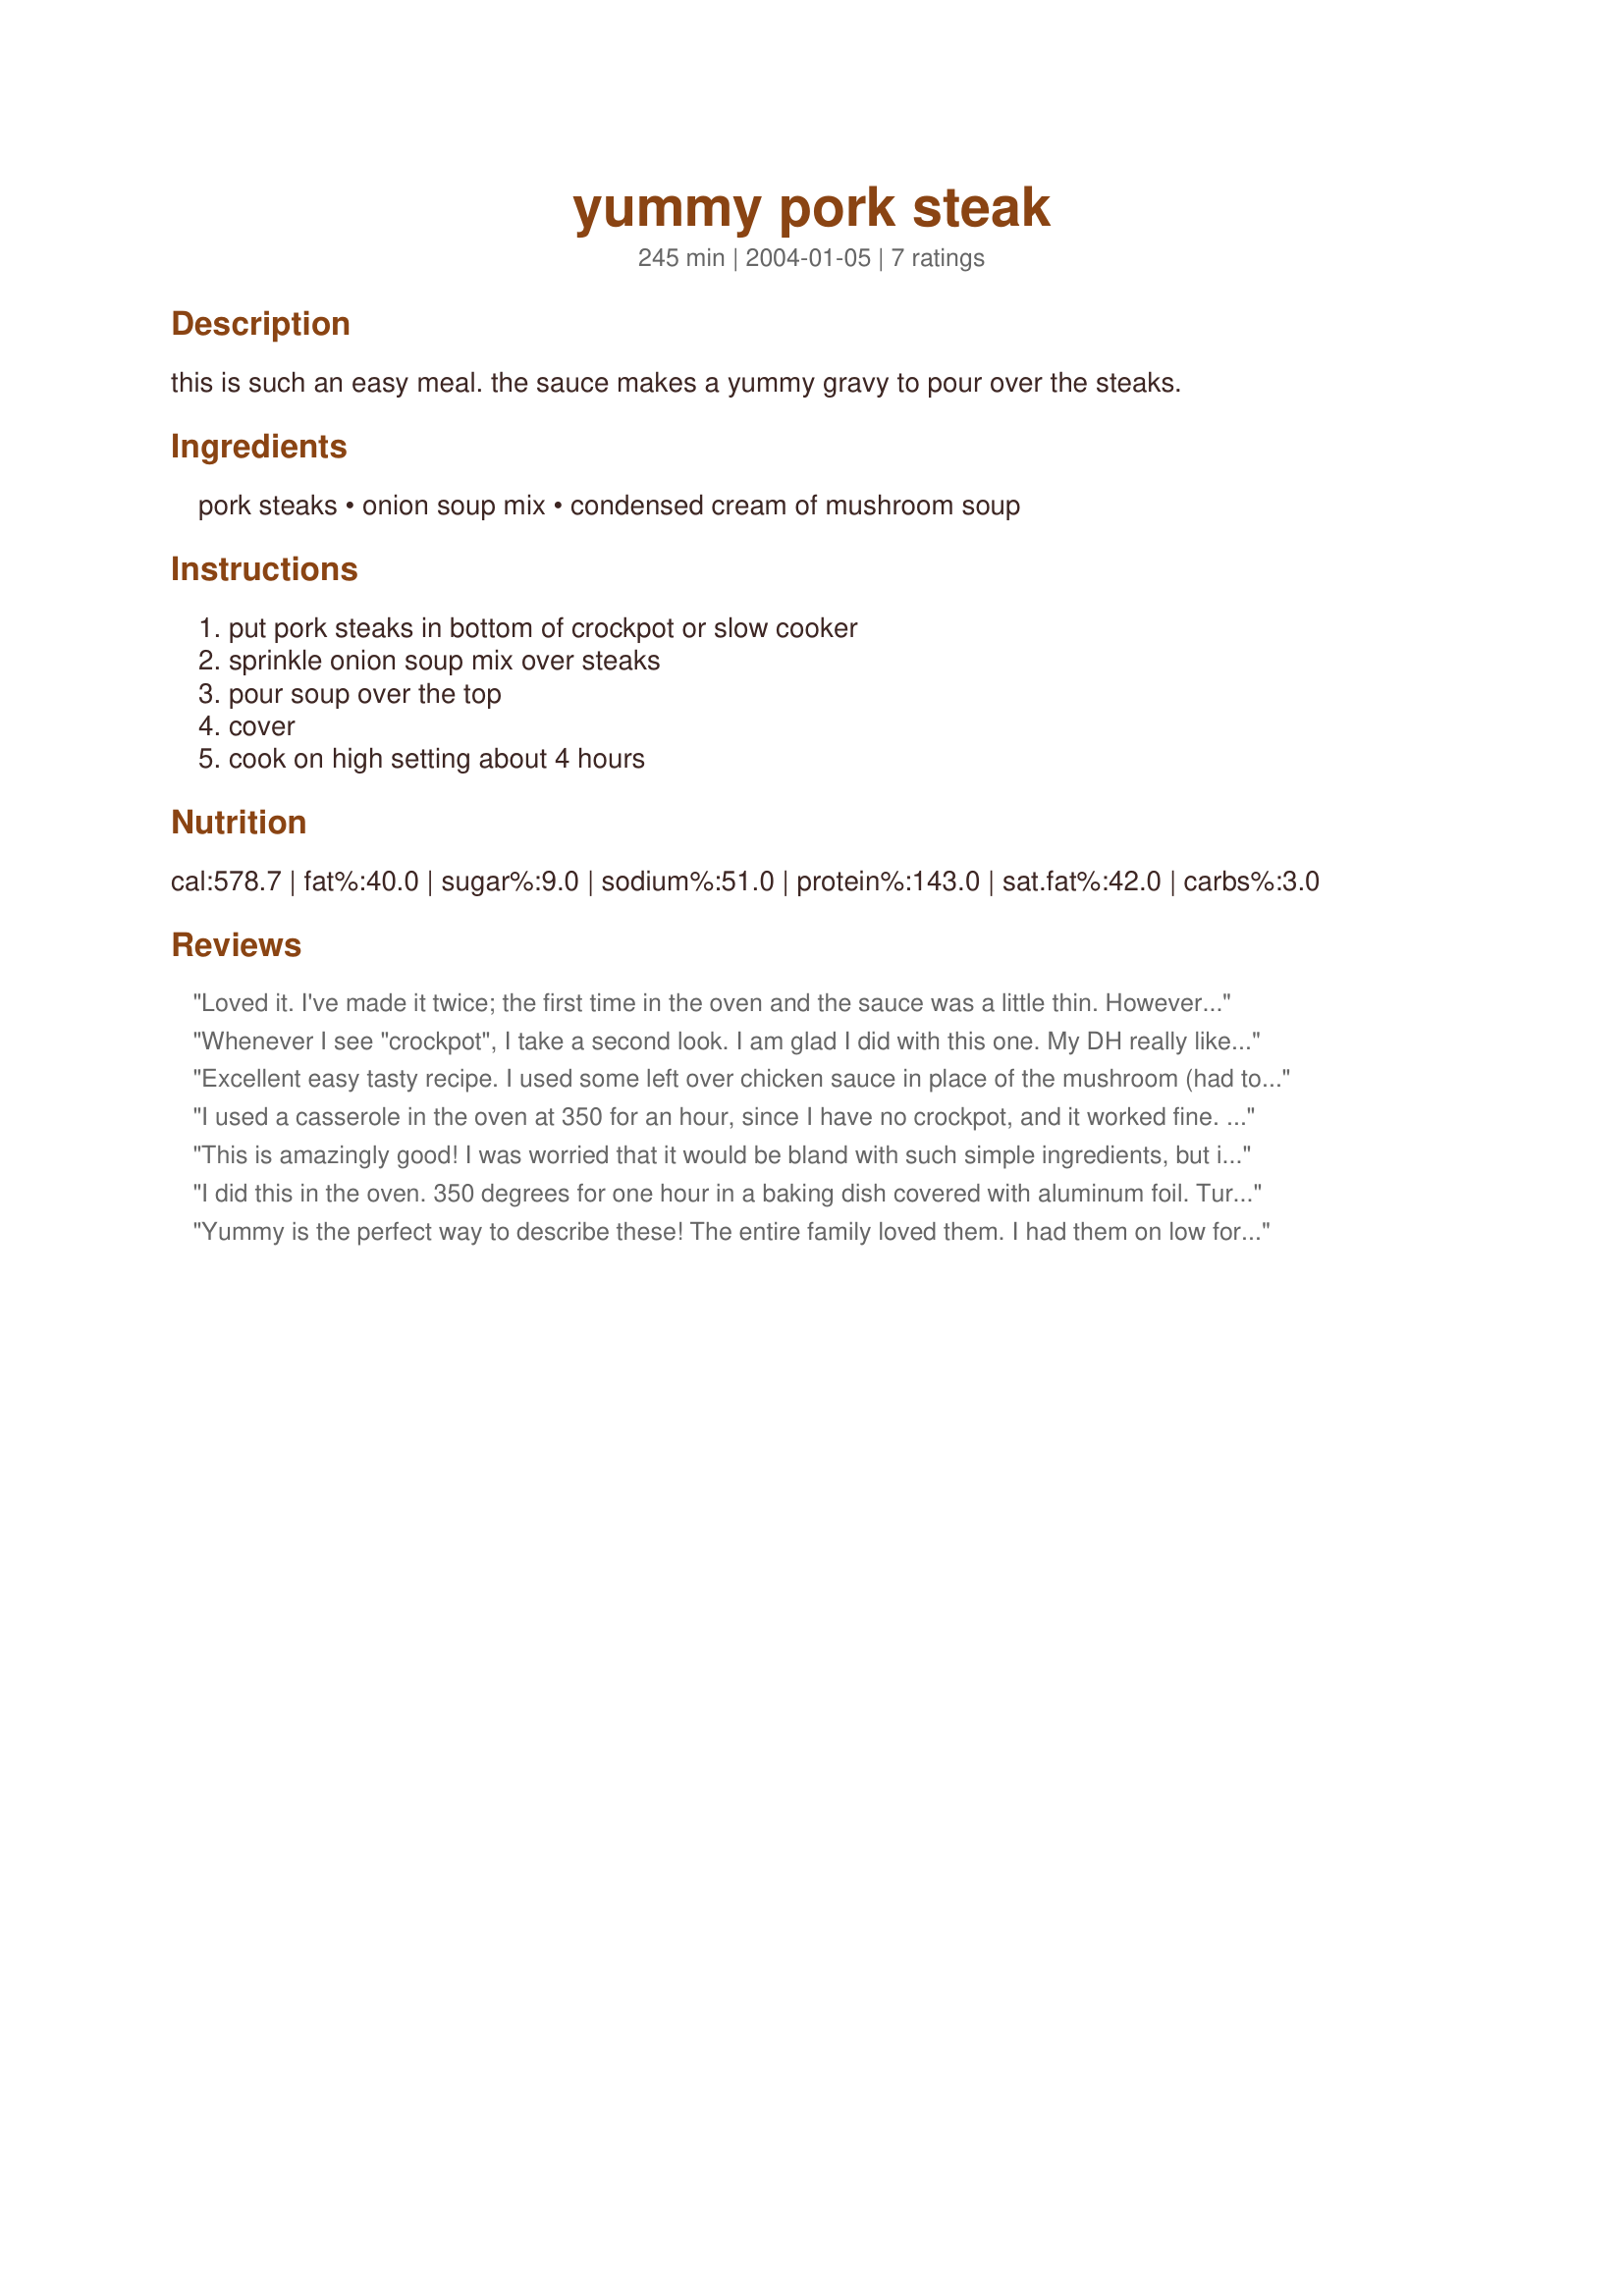
yummy pork steak
Preparation time: 245 minutes

this is such an easy meal. the sauce makes a yummy gravy to pour over the steaks.

Ingredients:
pork steaks, onion soup mix, condensed cream of mushroom soup

Steps:
put pork steaks in bottom of crockpot or slow cooker, sprinkle onion soup mix over steaks, pour soup over the top, cover, cook on high setting about 4 hours

Reviews:
Loved it. I've made it twice; the first time in the oven and the sauce was a little thin. However today I made it in the crock pot with a couple of variations. 1) I added 4 peeled and quartered potatoes which I put on the bottom of the crock pot. 2) I then mixed the onion soup mix with the cream of mushroom soup and added an extra can of mushrooms plus minced garlic - 1 heaping tablespoon (from the jar). I added the pork steak on top of the potatoes and poured the sauce over the top. It smelled so good while it was cooking and the potatoes thickened up the sauce. It was perfect on this cool rainy Oregon Coast day!
Whenever I see "crockpot", I take a second look. I am glad I did with this one. My DH really liked this recipe. He was amazed at the tenderness of the pork. Yeah!!!!! So easy and delicious! Thanks Turtlebug!

Excellent easy tasty recipe. I used some left over chicken sauce in place of the mushroom (had to use it up) and it was wonderful with the onion soup mix. The gravy was rich and made the dinner
I used a casserole in the oven at 350 for an hour, since I have no crockpot, and it worked fine. Very good recipe for too lazy-to-cook food lovers!
This is amazingly good! I was worried that it would be bland with such simple ingredients, but it was great. I poured the gravy into a saucepan and added a corn starch slurry to thicken it and served with garlic mashed potatoes. Will definitely make again. Fall apart tender after sitting in the crock pot on low about 7 hours. Only change was to combine the soups and layer them with the steaks.
I did this in the oven. 350 degrees for one hour in a baking dish covered with aluminum foil. Turned out fantastic!. This will go in my regular rotation.
Yummy is the perfect way to describe these! The entire family loved them. I had them on low for about 7 hours, and they came out wonderfully. We mixed in the gravy with our mashed potatoes, but next time, I want to thicken it some. I will definitely make this again and again!
